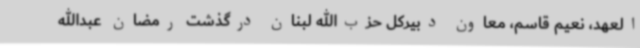
العهد، نعیم قاسم، معاون دبیرکل حزب‌الله لبنان درگذشت رمضان عبدالله